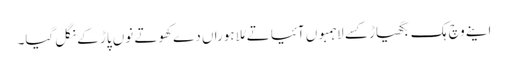
اینے وچ ہک بگھیاڑ کسے لاہمبوں آئیا تے مُلا ہوراں دے کھوتے نوں پاڑ کے نگل گیا۔